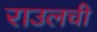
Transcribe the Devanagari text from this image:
राउलची